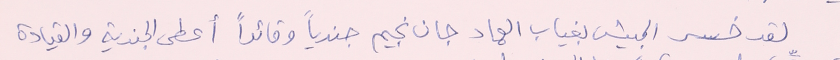
لقد خسر الجيش بغياب العماد جان نجيم جندياً وقائداً أعطى الجندية والقيادة